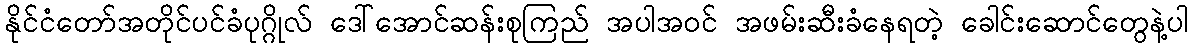
နိုင်ငံတော်အတိုင်ပင်ခံပုဂ္ဂိုလ် ဒေါ်အောင်ဆန်းစုကြည် အပါအဝင် အဖမ်းဆီးခံနေရတဲ့ ခေါင်းဆောင်တွေနဲ့ပါ